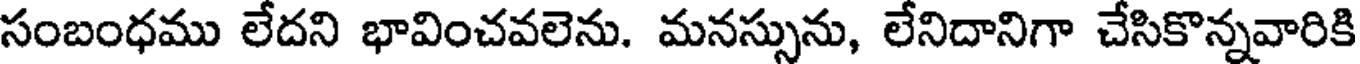
సంబంధము లేదని భావించవలెను. మనస్సును, లేనిదానిగా చేసికొన్నవారికి